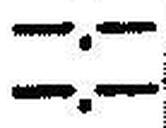
—.—